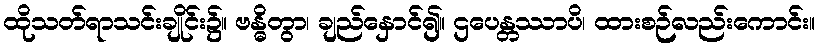
ထိုသတ်ရာသင်းချိုင်း၌။ ဗန္ဓိတွာ၊ ချည်နှောင်၍။ ဌပေန္တဿာပိ၊ ထားစဉ်လည်းကောင်း။